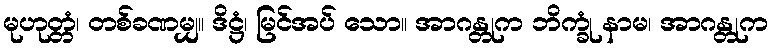
မုဟုတ္တံ၊ တစ်ခဏမျှ။ ဒိဋ္ဌံ၊ မြင်အပ် သော။ အာဂန္တုက ဘိက္ခုံ နာမ၊ အာဂန္တုက